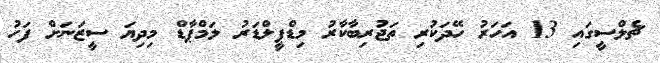
ޗެލްސީގައި 13 އަހަރު ހޭދަކުރި ތަޖުރިބާކާރު މިޑްފީލްޑަރު ލަމްޕާޑް މިދިޔަ ސީޒަނަށް ފަހު